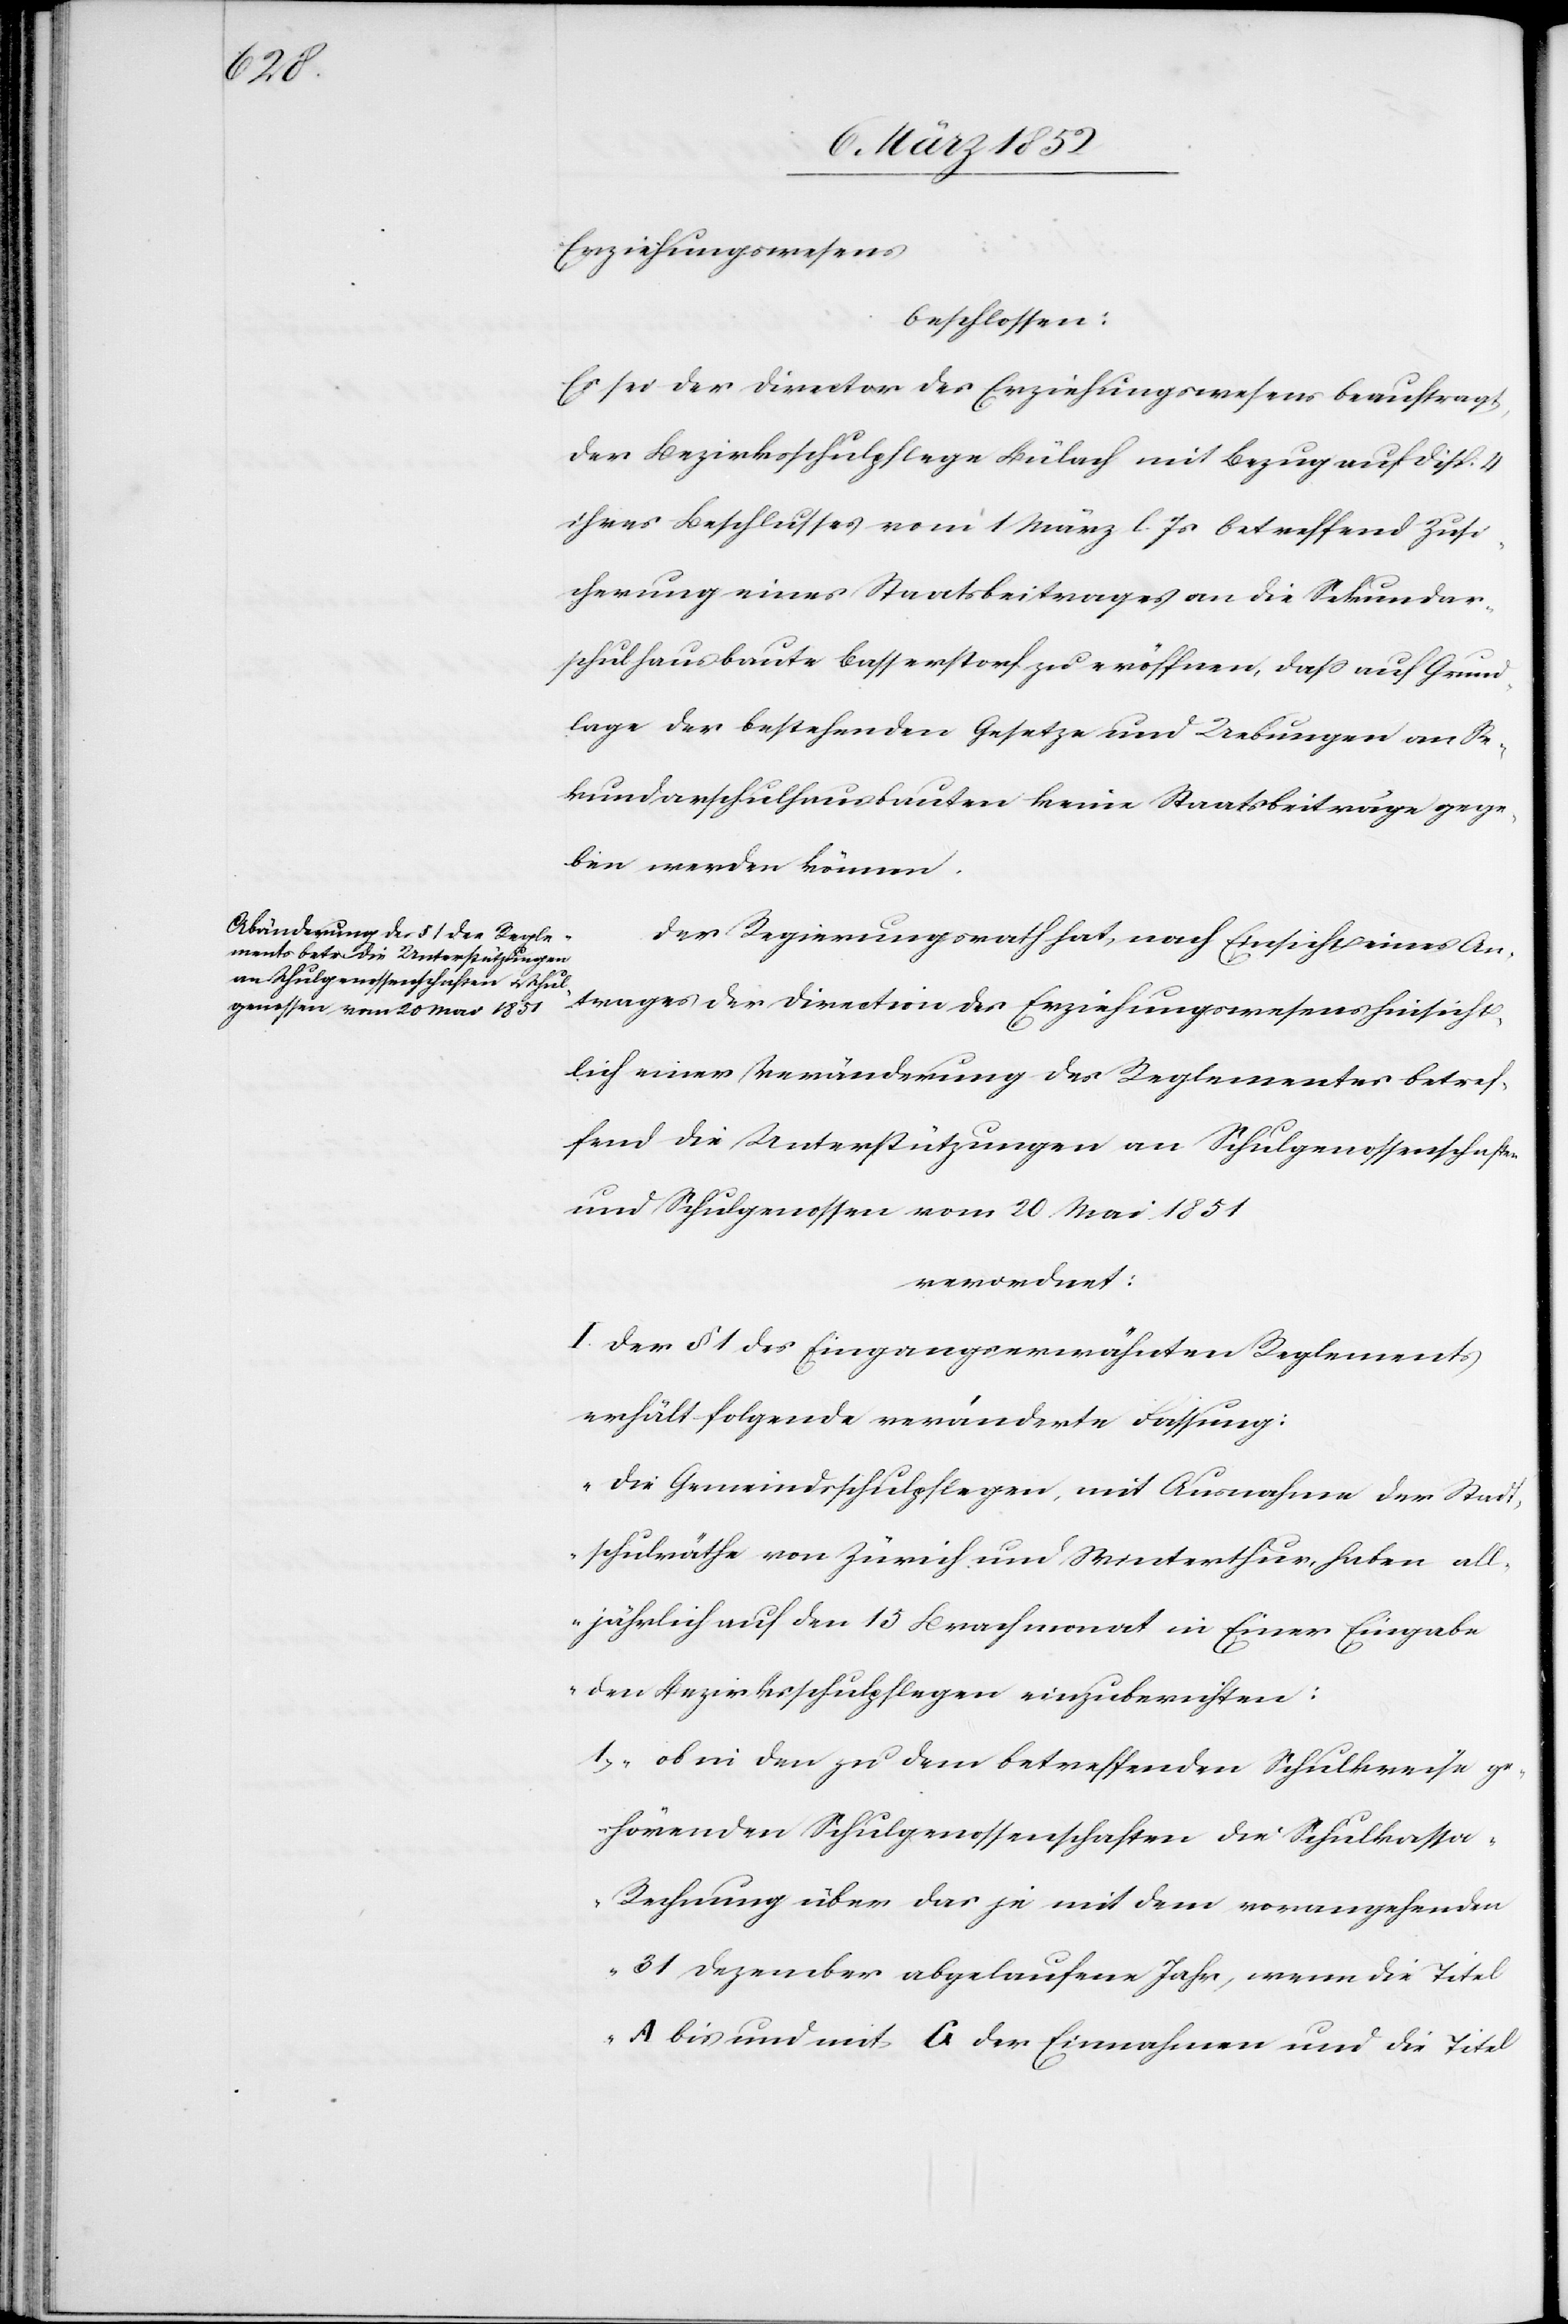
Erziehungswesens
beschlossen,
Es sei der Director des Erziehungswesens beauftragt,
der Bezirksschulpflege Bülach mit Bezug auf Disp. 4
ihres Beschlußes vom 1 März l. Js betreffend Zusi¬
cherung eines Staatsbeitrages an die Sekundar¬
schulhausbaute Basserstorf zu eröffnen, daß auf Grund¬
lage der bestehenden Gesetze und Uebungen an Se¬
kundarschulhausbauten keine Staatsbeiträge gege¬
ben werden können.
Der Regierungsrath hat, nach Einsicht eines An¬
trages der Direction des Erziehungswesens hinsicht¬
lich einer Veränderung des Reglementes betref¬
fend die Unterstützungen an Schulgenossenschaften
und Schulgenossen vom 20 Mai 1851
verordnet:
I. Der § 1 des Eingangs erwähnten Reglements
erhält folgende veränderte Fassung:
„Die Gemeindsschulpflegen, mit Ausnahme der Stadt¬
schulräthe von Zürich und Winterthur, haben all¬
jährlich auf den 15 Brachmonat in Einer Eingabe
den Bezirksschulpflegen einzuberichten:
1.) ob in den zu dem betreffenden Schulkreise ge¬
hörenden Schulgenossenschaften die Schulkassa-R¬
echnung über das je mit dem vorangehenden
31 Dezember abgelaufene Jahr, wenn die Titel
A bis und mit G der Einnahmen und die Titel